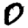
Digit: 0